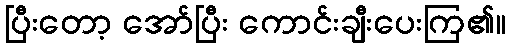
ပြီးတော့ အော်ပြီး ကောင်းချီးပေးကြ၏။